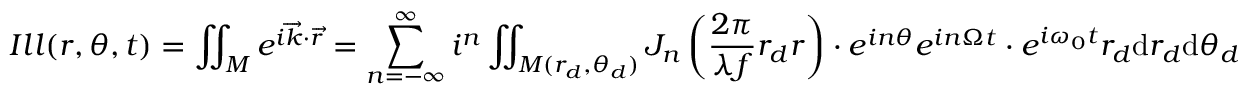
I l l ( r , \theta , t ) = \iint _ { M } e ^ { i \overrightarrow { k } \cdot \overrightarrow { r } } = \sum _ { n = - \infty } ^ { \infty } i ^ { n } \iint _ { M ( r _ { d } , \theta _ { d } ) } J _ { n } \left( \frac { 2 \pi } { \lambda f } r _ { d } r \right) \cdot e ^ { i n \theta } e ^ { i n \Omega t } \cdot e ^ { i \omega _ { 0 } t } r _ { d } \mathrm { d } r _ { d } \mathrm { d } \theta _ { d }